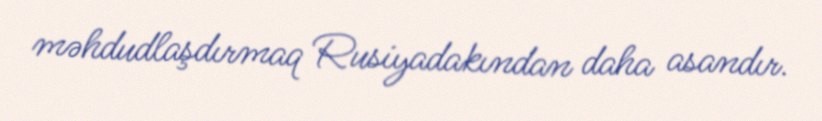
məhdudlaşdırmaq Rusiyadakından daha asandır.